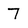
Character: 7